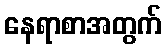
နေရာစာအတွက်